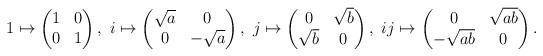
LaTeX: \begin{align*} 1\mapsto\begin{pmatrix} 1&0\\ 0&1 \end{pmatrix},\ i\mapsto\begin{pmatrix} \sqrt{a}&0\\ 0&-\sqrt{a} \end{pmatrix},\ j\mapsto\begin{pmatrix} 0&\sqrt{b}\\ \sqrt{b}&0 \end{pmatrix},\ ij\mapsto\begin{pmatrix} 0&\sqrt{ab}\\ -\sqrt{ab}&0 \end{pmatrix}.\end{align*}